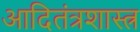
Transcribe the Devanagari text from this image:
आदितंत्रशास्त्र